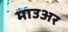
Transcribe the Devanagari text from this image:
माउअर